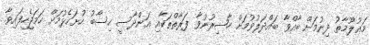
މަޢުލޫމާތު ދިނުމަށް ބާއްވާ ބައްދަލުވުމަށް ހާޟިރުނުވާ ފަރާތްތަކާއި އަންދާސީ ހިސާބު ހުށަހެޅުމަށް ހަމަޖެހިފައިވާ